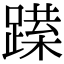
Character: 𨅈